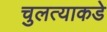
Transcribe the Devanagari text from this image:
चुलत्याकडे